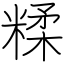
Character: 糅